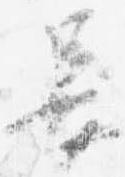
長